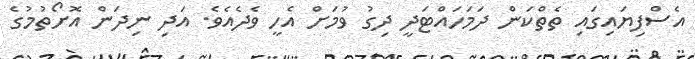
އެސްފިޔައިގައި ތެތްކަން ދަމަހައްޓަދީ ދިގު ވުމަށް އެހީ ވެދެއެވެ. އަދި ނިދަން އޮށޯތުމުގެ